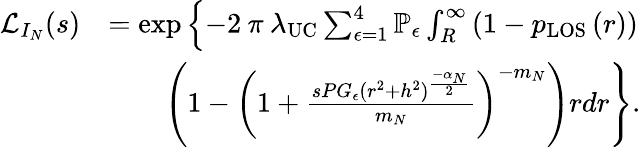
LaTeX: \begin{array}{rl}{\mathcal{L}_{I_{N}}(s)}&{=\exp\left\{ -2\: \pi\: \lambda_{\mathrm{UC}}\sum_{\epsilon=1}^{4}\mathbb{P}_{\epsilon}\int_{R}^{\infty}\left(1-p_{\mathrm{{LOS}}}\left(r\right)\right)\right.}\\ &{\qquad\left.\left(1-\left(1+\frac{sPG_{\epsilon}(r^{2}+h^{2})^{\frac{-\alpha_{N}}{2}}}{m_{N}}\right)^{-m_{N}}\right)rdr\right\} .}\end{array}